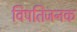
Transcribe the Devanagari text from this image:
विपतिजनक